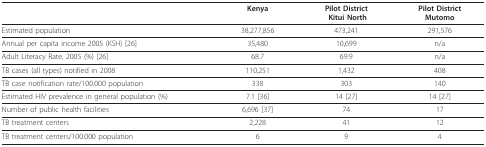
<table><thead><tr><td></td><td><b>Kenya</b></td><td><b>Pilot District Kitui North</b></td><td><b>Pilot District Mutomo</b></td></tr></thead><tbody><tr><td>Estimated population</td><td>38,277,856</td><td>473,241</td><td>291,576</td></tr><tr><td>Annual per capita income 2005 (KSH) [26]</td><td>35,480</td><td>10,699</td><td>n/a</td></tr><tr><td>Adult Literacy Rate, 2005 (%) [26]</td><td>68.7</td><td>69.9</td><td>n/a</td></tr><tr><td>TB cases (all types) notified in 2008</td><td>110,251</td><td>1,432</td><td>408</td></tr><tr><td>TB case notification rate/100.000 population</td><td>338</td><td>303</td><td>140</td></tr><tr><td>Estimated HIV prevalence in general population (%)</td><td>7.1 [36]</td><td>14 [27]</td><td>14 [27]</td></tr><tr><td>Number of public health facilities</td><td>6,696 [37]</td><td>74</td><td>17</td></tr><tr><td>TB treatment centers</td><td>2,228</td><td>41</td><td>12</td></tr><tr><td>TB treatment centers/100.000 population</td><td>6</td><td>9</td><td>4</td></tr></tbody></table>